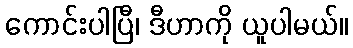
ကောင်းပါပြီ၊ ဒီဟာကို ယူပါမယ်။